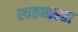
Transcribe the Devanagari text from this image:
स्वतन्तरता